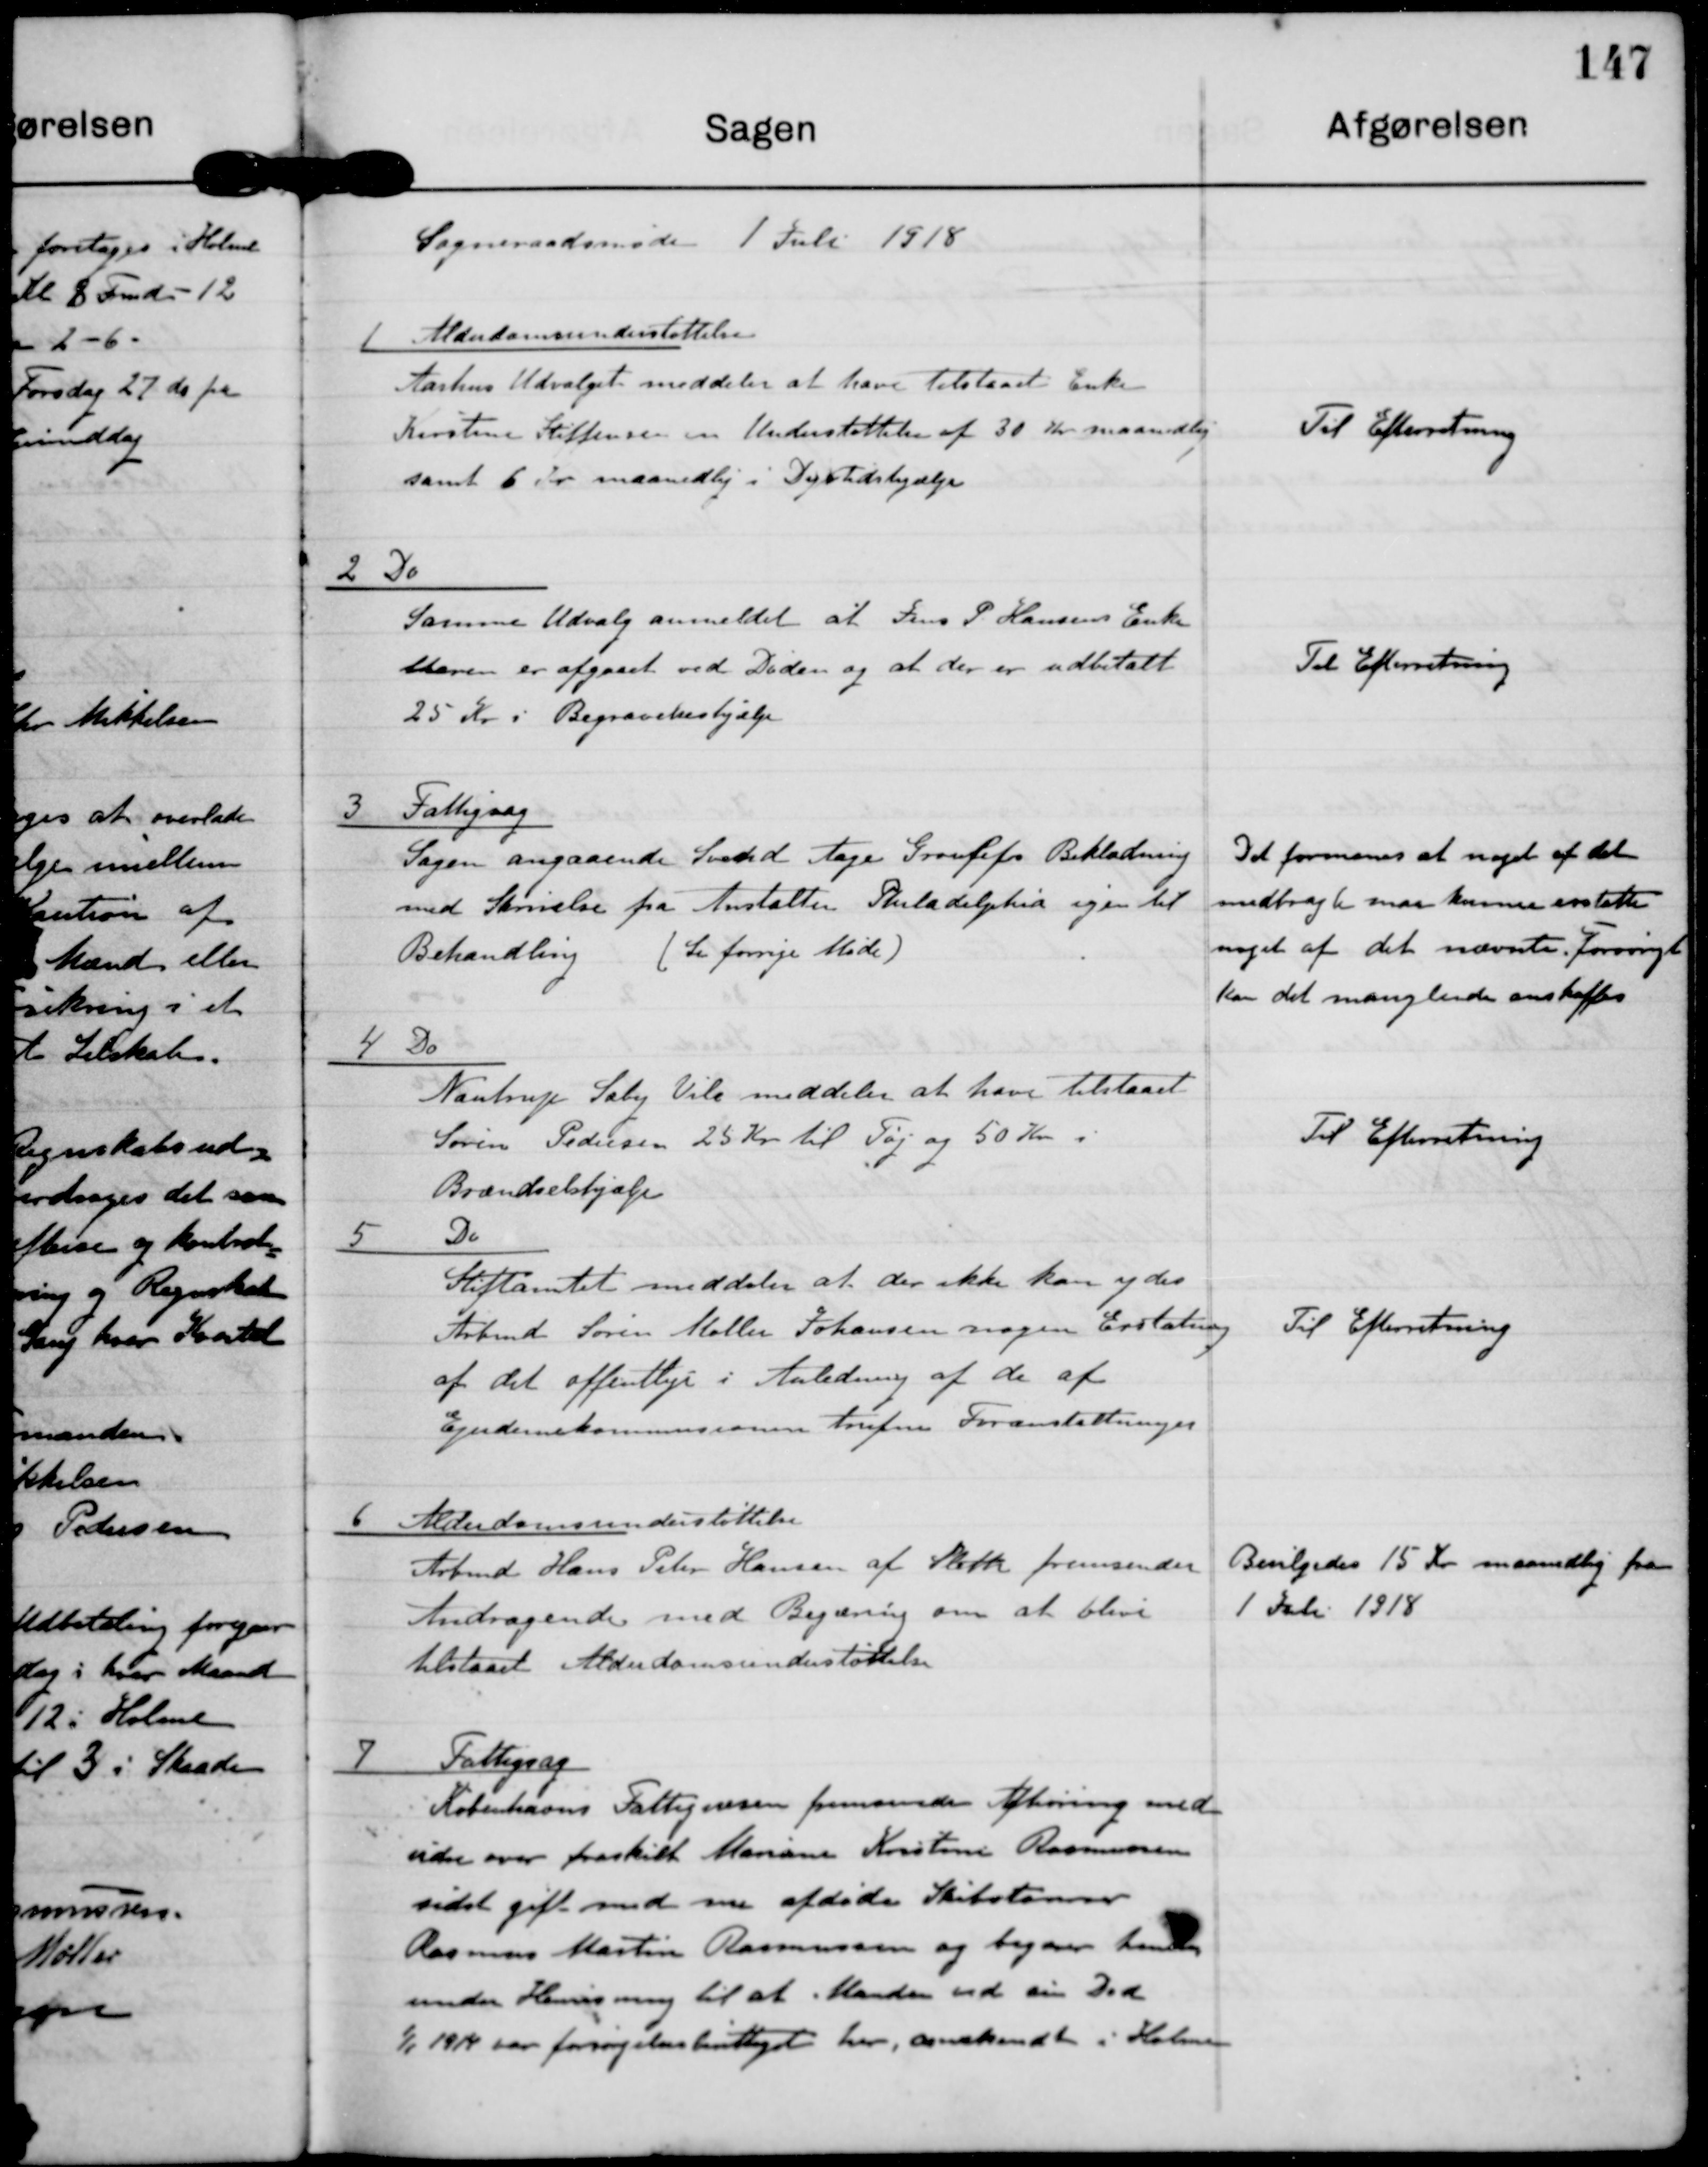
Transskription:
Sogneraadsmøde 1 Juli 1918

1 Alderdomsunderstøttelse
Aarhus Udvalget meddeler at have tilstaaet Enke
Kirstine Steffensen en Understøttelse af 30 kr maanedlig
samt 6 Kr maanedlig i Dyrtidshjælp

Til Efterretning

2 Do
Samme Udvalg anmeldet at Frm P. Hansens Enke
Maren er afgaaet ved Døden og at der er udbetalt
25 Kr i Begravelseshjælp

Til Efterretning

3 Fattighjælp
Sagen angaaende Smed Aage Groulefs Beklægnins
med Skrivelse fra Anstalten Philadelphia igen til
Behandling
(se forrige Møde)

Det formenes at noget af det
indbragte maa kunne erstatte
noget af de nævnte. Forøvrigt
kan det manglende anskaffes.

4 Do
Nautrup Søby Vile meddeler at have tilstaaet
Søren Pedersen 25 Kr til Tøj og 50 Kr i
Brændselshjælp

Til Efterretning

5 Do
Stiftamtet meddeler at der ikke kan ydes
Arbmd Søren Møller Johansen nogen Erstatning
af det offentlig i Anledning af de af
Ejendomskommisionens Trufne Foranstaltninger.

Til Efterretning

6 Alderdomsunderstøttelse
Arbmd Hans Peter Hansen af Sleth fremsender
Andragende med Begæring om at blive
tilstaaet Alderdomsunderstøttelse

Bevilgedes 15 kr maanedlig fra
1 Juli 1918

7
Fattigsag
Københavns Fattigvæsen fremsender Afhøring med
vidne over fraskilt Mariane Kristine Rasmussen
sidst gift med nu afdøde Skibstømrer
Rasmus Martin Rasmussen og begærer handling
under Henvisning til at Manden ved sin Død
1/1 1914 var forsørgelsesberettiget her, anerkendt i Holme